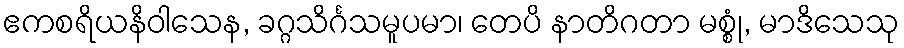
ဧကစရိယနိဝါသေန, ခဂ္ဂသိင်္ဂသမူပမာ၊ တေပိ နာတိဂတာ မစ္စုံ, မာဒိသေသု